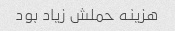
هزینه حملش زیاد بود